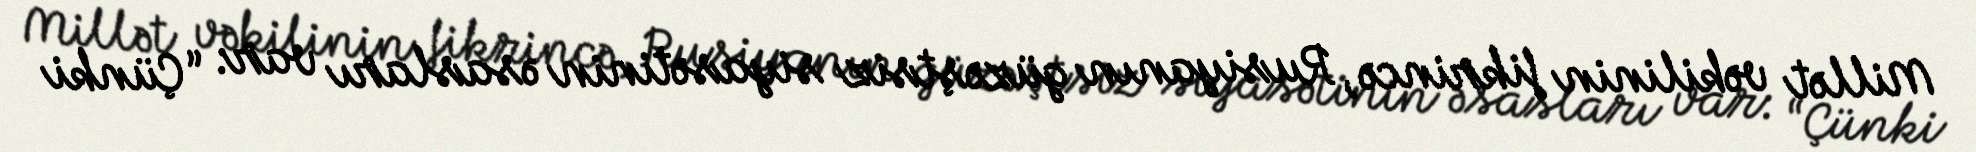
Millət vəkilinin fikrincə, Rusiyanın güzəştsiz siyasətinin əsasları var: “Çünki